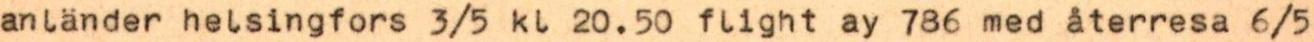
anländer helsingfors 3/5 kl 20.50 flight ay 786 med återresa 6/5